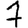
Digit: 7